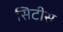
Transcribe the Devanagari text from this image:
सिटीस